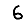
Digit: 6